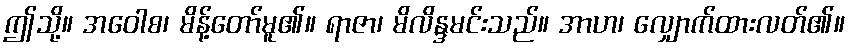
ဤသို့။ အဝေါစ၊ မိန့်တော်မူ၏။ ရာဇာ၊ မိလိန္ဒမင်းသည်။ အာဟ၊ လျှောက်ထားလတ်၏။